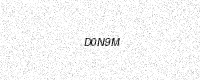
Text: D0N9M